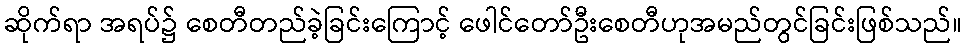
ဆိုက်ရာ အရပ်၌ စေတီတည်ခဲ့ခြင်းကြောင့် ဖေါင်တော်ဦးစေတီဟုအမည်တွင်ခြင်းဖြစ်သည်။